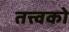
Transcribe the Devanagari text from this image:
तत्त्वको